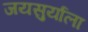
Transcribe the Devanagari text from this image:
जयसुर्याला